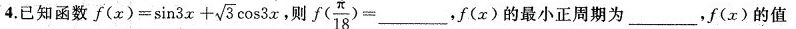
已知函数$$f（ x ） = \sin 3 x + \ sqrt { 3 } \cos 3 x$$，则$$f （\frac { π } { 1 8 } ）= ___$$，f（x）的最小正周期为___，f（x）的值